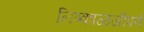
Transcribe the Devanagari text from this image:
निष्काळजीपणे